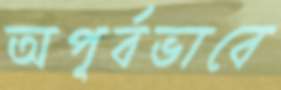
অপূর্বভাবে